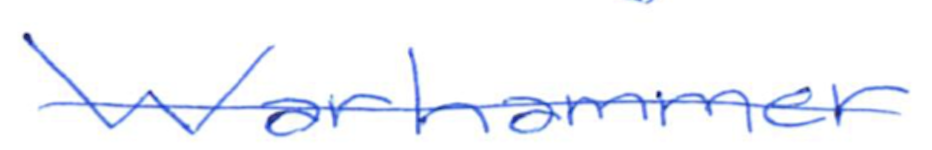
Text: Warhammer
Cross-out: single-line
Writing tool: ballpoint